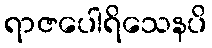
ရာဇပေါရိသေနပိ